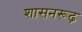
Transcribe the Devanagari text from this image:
शासनरूढ़